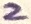
Text: 2